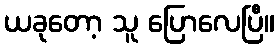
ယခုတော့ သူ ပြောလေပြီ။